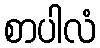
စာပါလံ